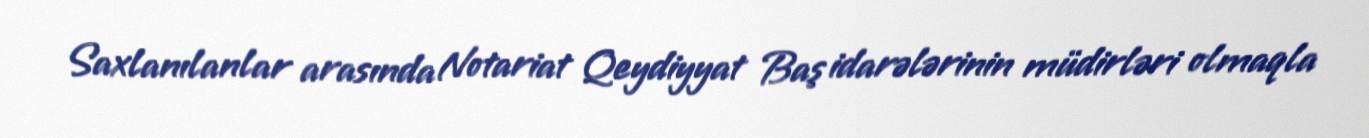
Saxlanılanlar arasında Notariat Qeydiyyat Baş idarələrinin müdirləri olmaqla